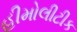
હીમોલીટીક